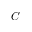
C